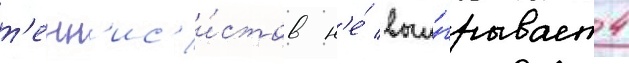
т'енн'ис'и́стов н'е́ выи́грывает 4